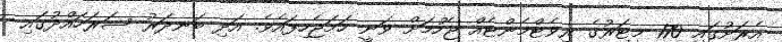
އެރަށުގައި 170 މީޓަރުގެ ރިވެޓްމެންޓެއް ޖެހުމަށް ވަނީ ހަމަޖެހިފައެވެ. އަދި ބަނދަރު ސަރަހައްދުގައި